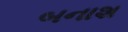
બનાશ